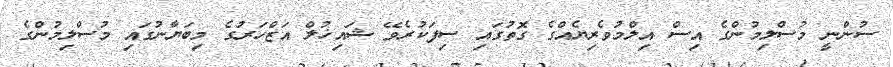
ސުންނީ މުސްލިމުންގެ އިސް އިލްމުވެރިޔެއްގެ ގޮތުގައި ސިފަކުރެވޭ ޝައިޚުލް އަޒްހަރުގެ މިބަޔާނުގައި މުސްލިމުންގެ